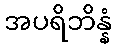
အပရိဘိန္နံ